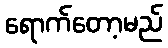
ရောက်တော့မည်